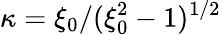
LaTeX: \kappa=\xi_{0}/(\xi_{0}^{2}-1)^{1/2}